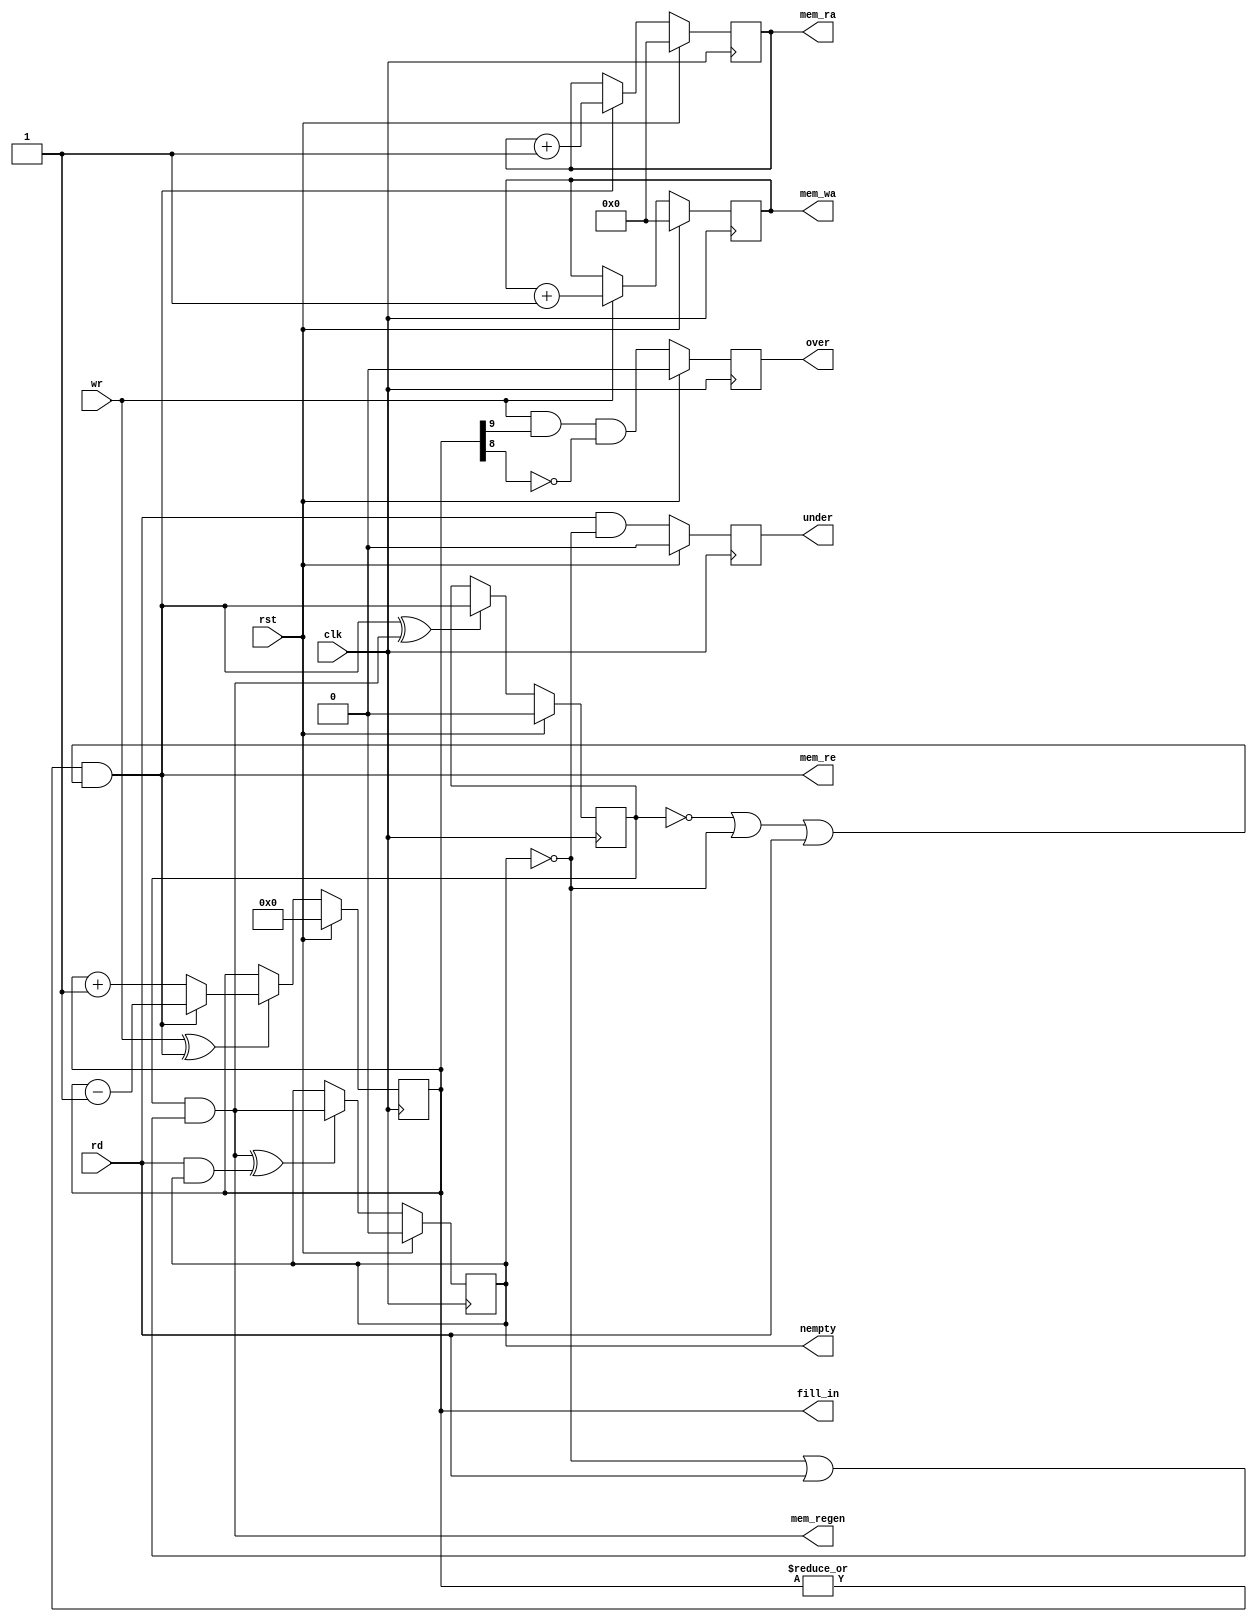
module  fifo_sameclock_control#(
    parameter WIDTH = 9
)(
    input                  clk,
    input                  rst,  // clock-sync reset
    input                  wr,  // write to FIFO (also applied directly to memory)
    input                  rd,  // read from FIFO, internally masked by nempty
    output                 nempty,    // at read side 
    output       [WIDTH:0] fill_in,   // valid at write side, latency 1 for read 
    output reg [WIDTH-1:0] mem_wa,
    output reg [WIDTH-1:0] mem_ra,
    output                 mem_re,
    output                 mem_regen,
    output reg             over,
    output reg             under
    
);
    reg       [WIDTH:0] fill_ram;
    
    reg                 ramo_full;
    reg                 rreg_full;
    
    assign mem_re = (|fill_ram) && (!ramo_full || !rreg_full || rd);
    assign mem_regen =   ramo_full && (!rreg_full || rd);
    assign nempty =    rreg_full;
    assign fill_in =   fill_ram;
    
    always @ (posedge clk) begin
        if     (rst) mem_wa <= 0;
        else if (wr) mem_wa <= mem_wa + 1;

        if      (rst)    mem_ra <= 0;
        else if (mem_re) mem_ra <= mem_ra + 1;

        if      (rst)                fill_ram <= 0;
        else if (wr ^ mem_re)        fill_ram <= mem_re ? (fill_ram - 1) : (fill_ram + 1);

        if      (rst)                ramo_full <= 0;
        else if (mem_re ^ mem_regen) ramo_full <= mem_re;

        if      (rst)                           rreg_full <= 0;
        else if (mem_regen ^ (rd && rreg_full)) rreg_full <= mem_regen;
        
        if (rst)                     under <= 0;
        else                         under <= rd && ! rreg_full;
        
        if (rst)                     over <= 0;
        else                         over <= wr && fill_ram[WIDTH] && !fill_ram[WIDTH-1];
        
    end

endmodule